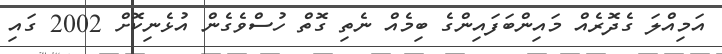
އަމިއްލަ ގެދޮރެއް މައިންބަފައިންގެ ބިމެއް ނެތި ގޮތް ހުސްވެގެން އުޅެނިކޮށް 2002 ގައި